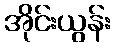
အိုင်းယွန်း